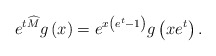
\begin{align*}e^{t\widehat{M}}g\left( x\right) =e^{x\left( e^{t}-1\right) }g\left(xe^{t}\right) . \end{align*}